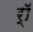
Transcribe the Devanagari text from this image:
र्‍ाॅ